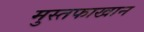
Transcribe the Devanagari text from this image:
मुस्तफाखान